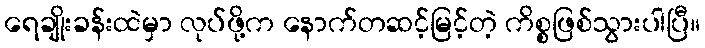
ရေချိုးခန်းထဲမှာ လုပ်ဖို့က နောက်တဆင့်မြင့်တဲ့ ကိစ္စဖြစ်သွားပါပြီ။